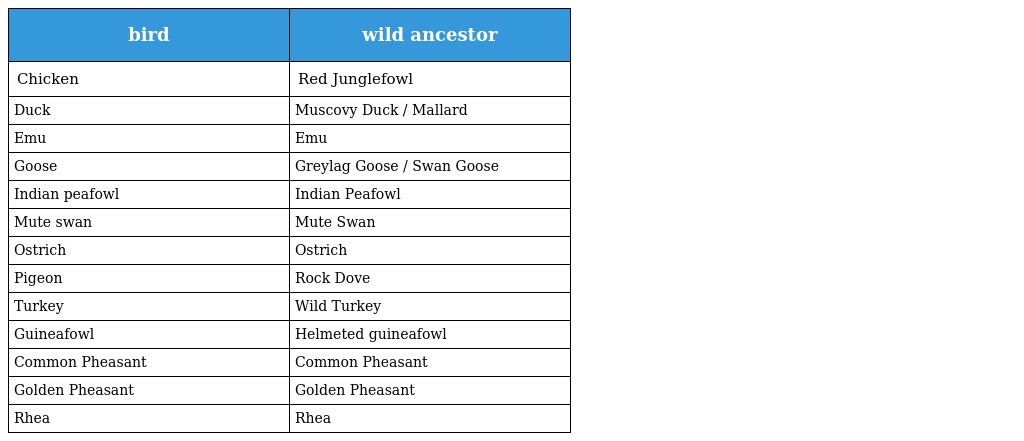
| bird | wild ancestor |
 | --- | --- |
 | Chicken | Red Junglefowl |
 | Duck | Muscovy Duck / Mallard |
 | Emu | Emu |
 | Goose | Greylag Goose / Swan Goose |
 | Indian peafowl | Indian Peafowl |
 | Mute swan | Mute Swan |
 | Ostrich | Ostrich |
 | Pigeon | Rock Dove |
 | Turkey | Wild Turkey |
 | Guineafowl | Helmeted guineafowl |
 | Common Pheasant | Common Pheasant |
 | Golden Pheasant | Golden Pheasant |
 | Rhea | Rhea |